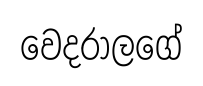
වෙදරාලගේ